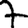
Digit: 7